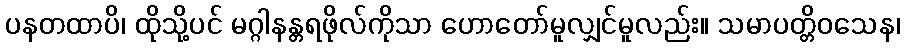
ပနတထာပိ၊ ထိုသို့ပင် မဂ္ဂါနန္တရဖိုလ်ကိုသာ ဟောတော်မူလျှင်မူလည်း။ သမာပတ္တိဝသေန၊